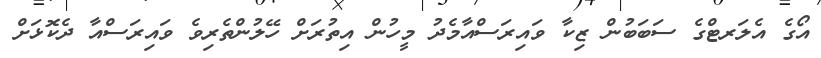
އޯގެ އެލަރޓްގެ ސަބަބުން ޒިކާ ވައިރަސްއާމެދު މީހުން އިތުރަށް ހޭލުންތެރިވެ ވައިރަސްއާ ދެކޮޅަށް